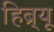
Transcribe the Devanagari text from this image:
हिब्र्यू